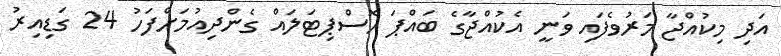
އަދި މިކުއްޖާ މަރުވެފައި ވަނީ އެކުއްޖާގެ ބައްޕަ ހޮސްޕިޓަލައް ގެންދިއުމަށްފަހު 24 ގަޑިއިރު